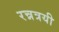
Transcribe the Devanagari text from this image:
रन्नत्रयी